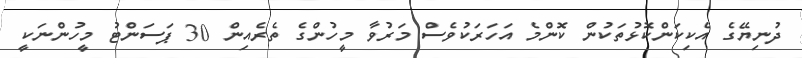
ދުނިޔޭގެ އެކިކަންކޮޅުތަކުން ކޮންމެ އަހަރަކުވެސް މަރުވާ މީހުންގެ ތެެރެއިން 30 ޕަސަންޓު މީހުންނަކީ